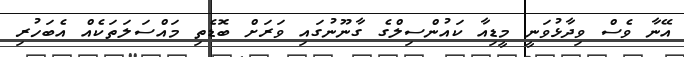
އޭނާ ވެސް ވިދާޅުވަނީ މީޑިއާ ކައުންސިލްގެ ގާނޫނުގައި ވަރަށް ބޮޑެތި މައްސަލަތަކެއް އެބަހުރި